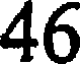
46